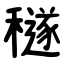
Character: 穟